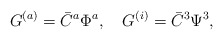
\begin{align*}G^{(a)} = \bar{C}^a \Phi^a ,\quad G^{(i)} = \bar{C}^3 \Psi^3 ,\end{align*}